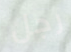
رجل